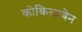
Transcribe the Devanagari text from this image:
कोकिळाबेन